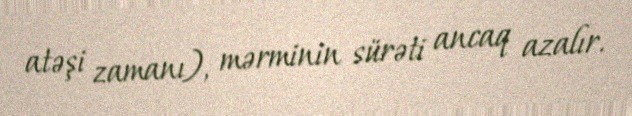
atəşi zamanı), mərminin sürəti ancaq azalır.